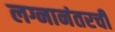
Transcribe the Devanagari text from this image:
लग्नानंतरची